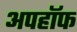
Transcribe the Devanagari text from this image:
अपहॉफ